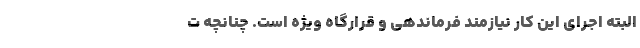
البته اجرای این کار نیازمند فرماندهی و قرارگاه ویژه است. چنانچه ت